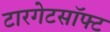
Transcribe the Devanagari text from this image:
टारगेटसॉफ्ट